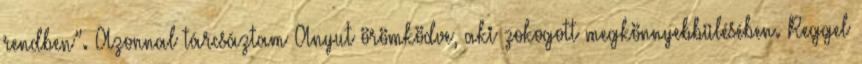
rendben”. Azonnal tárcsáztam Anyut örömködve, aki zokogott megkönnyebbülésében. Reggel